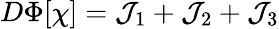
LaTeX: \begin{array}{r}{D\Phi[\chi]=\mathcal{J}_{1}+\mathcal{J}_{2}+\mathcal{J}_{3}}\end{array}